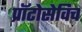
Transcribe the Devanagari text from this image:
प्राॅटोसेविच